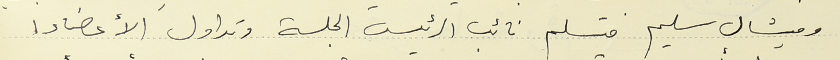
وميشال سليم فتسلم نائب الرئيس الجلسة وتداول الأعضاء